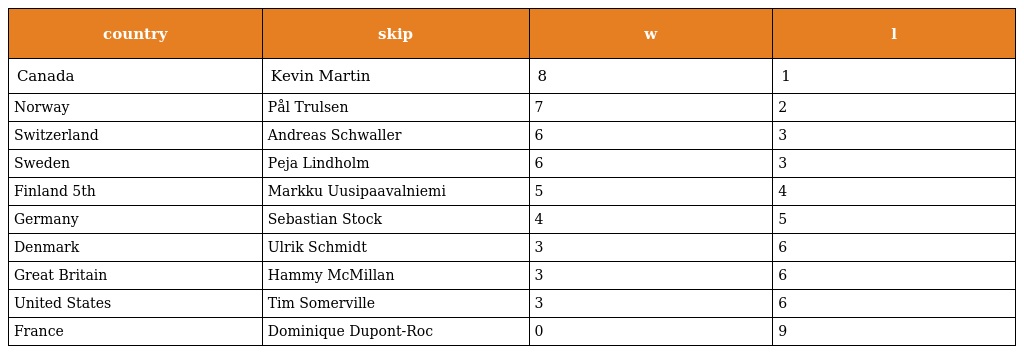
| country | skip | w | l |
 | --- | --- | --- | --- |
 | Canada | Kevin Martin | 8 | 1 |
 | Norway | Pål Trulsen | 7 | 2 |
 | Switzerland | Andreas Schwaller | 6 | 3 |
 | Sweden | Peja Lindholm | 6 | 3 |
 | Finland 5th | Markku Uusipaavalniemi | 5 | 4 |
 | Germany | Sebastian Stock | 4 | 5 |
 | Denmark | Ulrik Schmidt | 3 | 6 |
 | Great Britain | Hammy McMillan | 3 | 6 |
 | United States | Tim Somerville | 3 | 6 |
 | France | Dominique Dupont-Roc | 0 | 9 |